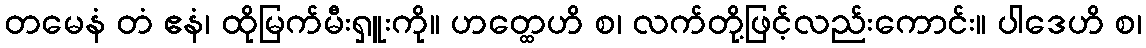
တမေနံ တံ ဧနံ၊ ထိုမြက်မီးရှူးကို။ ဟတ္ထေဟိ စ၊ လက်တို့ဖြင့်လည်းကောင်း။ ပါဒေဟိ စ၊